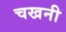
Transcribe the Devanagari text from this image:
चखनी